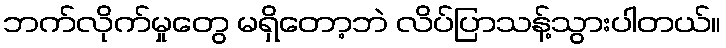
ဘက်လိုက်မှုတွေ မရှိတော့ဘဲ လိပ်ပြာသန့်သွားပါတယ်။